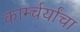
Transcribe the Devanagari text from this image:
कार्म्चर्यांचा